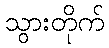
သွားတိုက်